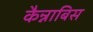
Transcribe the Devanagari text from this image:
कैन्नाबिस